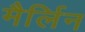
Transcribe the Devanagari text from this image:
मैर्लिन